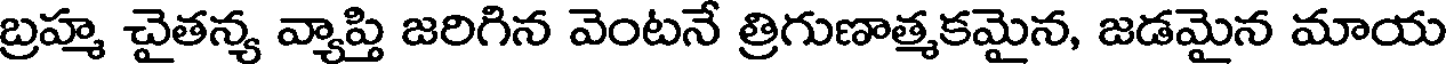
బ్రహ్మ చైతన్య వ్యాప్తి జరిగిన వెంటనే త్రిగుణాత్మకమైన, జడమైన మాయ